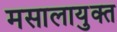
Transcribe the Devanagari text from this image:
मसालायुक्त